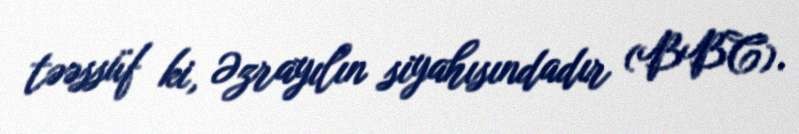
təəssüf ki, Əzrayılın siyahısındadır (BBC).